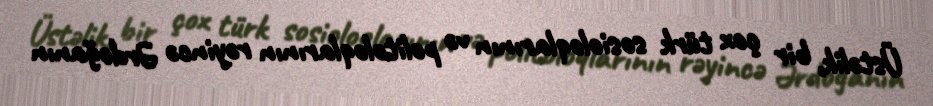
Üstəlik, bir çox türk sosioloqlarının və politoloqlarının rəyincə Ərdoğanın